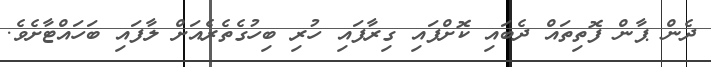
ދެން ޕާން ފޮތިތައް ދެބައި ކޮށްފައި ގިރާފައި ހުރި ބިހުގެތެރެއަށް ލާފައި ބަހައްޓާށެވެ.